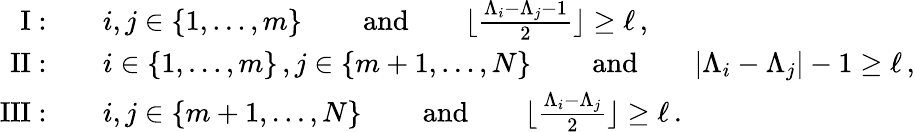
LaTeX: \begin{array}{rl}{{\mathrm{{I}}:}}&{{\quad i,j\in\{ 1,\dots,m\} \, \qquad{\mathrm{and}}\qquad\lfloor\frac{\Lambda_{i}-\Lambda_{j}-1}{2}\rfloor\geq\ell\, ,}}\\ {{\mathrm{{II}}:}}&{{\quad i\in\{ 1,\dots,m\} \, ,j\in\{ m+1,\dots,N\} \, \qquad{\mathrm{and}}\qquad|\Lambda_{i}-\Lambda_{j}|-1\geq\ell\, ,}}\\ {{\mathrm{{III}}:}}&{{\quad i,j\in\{ m+1,\dots,N\} \, \qquad{\mathrm{and}}\qquad\lfloor\frac{\Lambda_{i}-\Lambda_{j}}{2}\rfloor\geq\ell\, .}}\end{array}